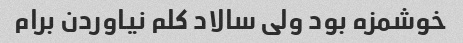
خوشمزه بود ولی سالاد کلم نیاوردن برام